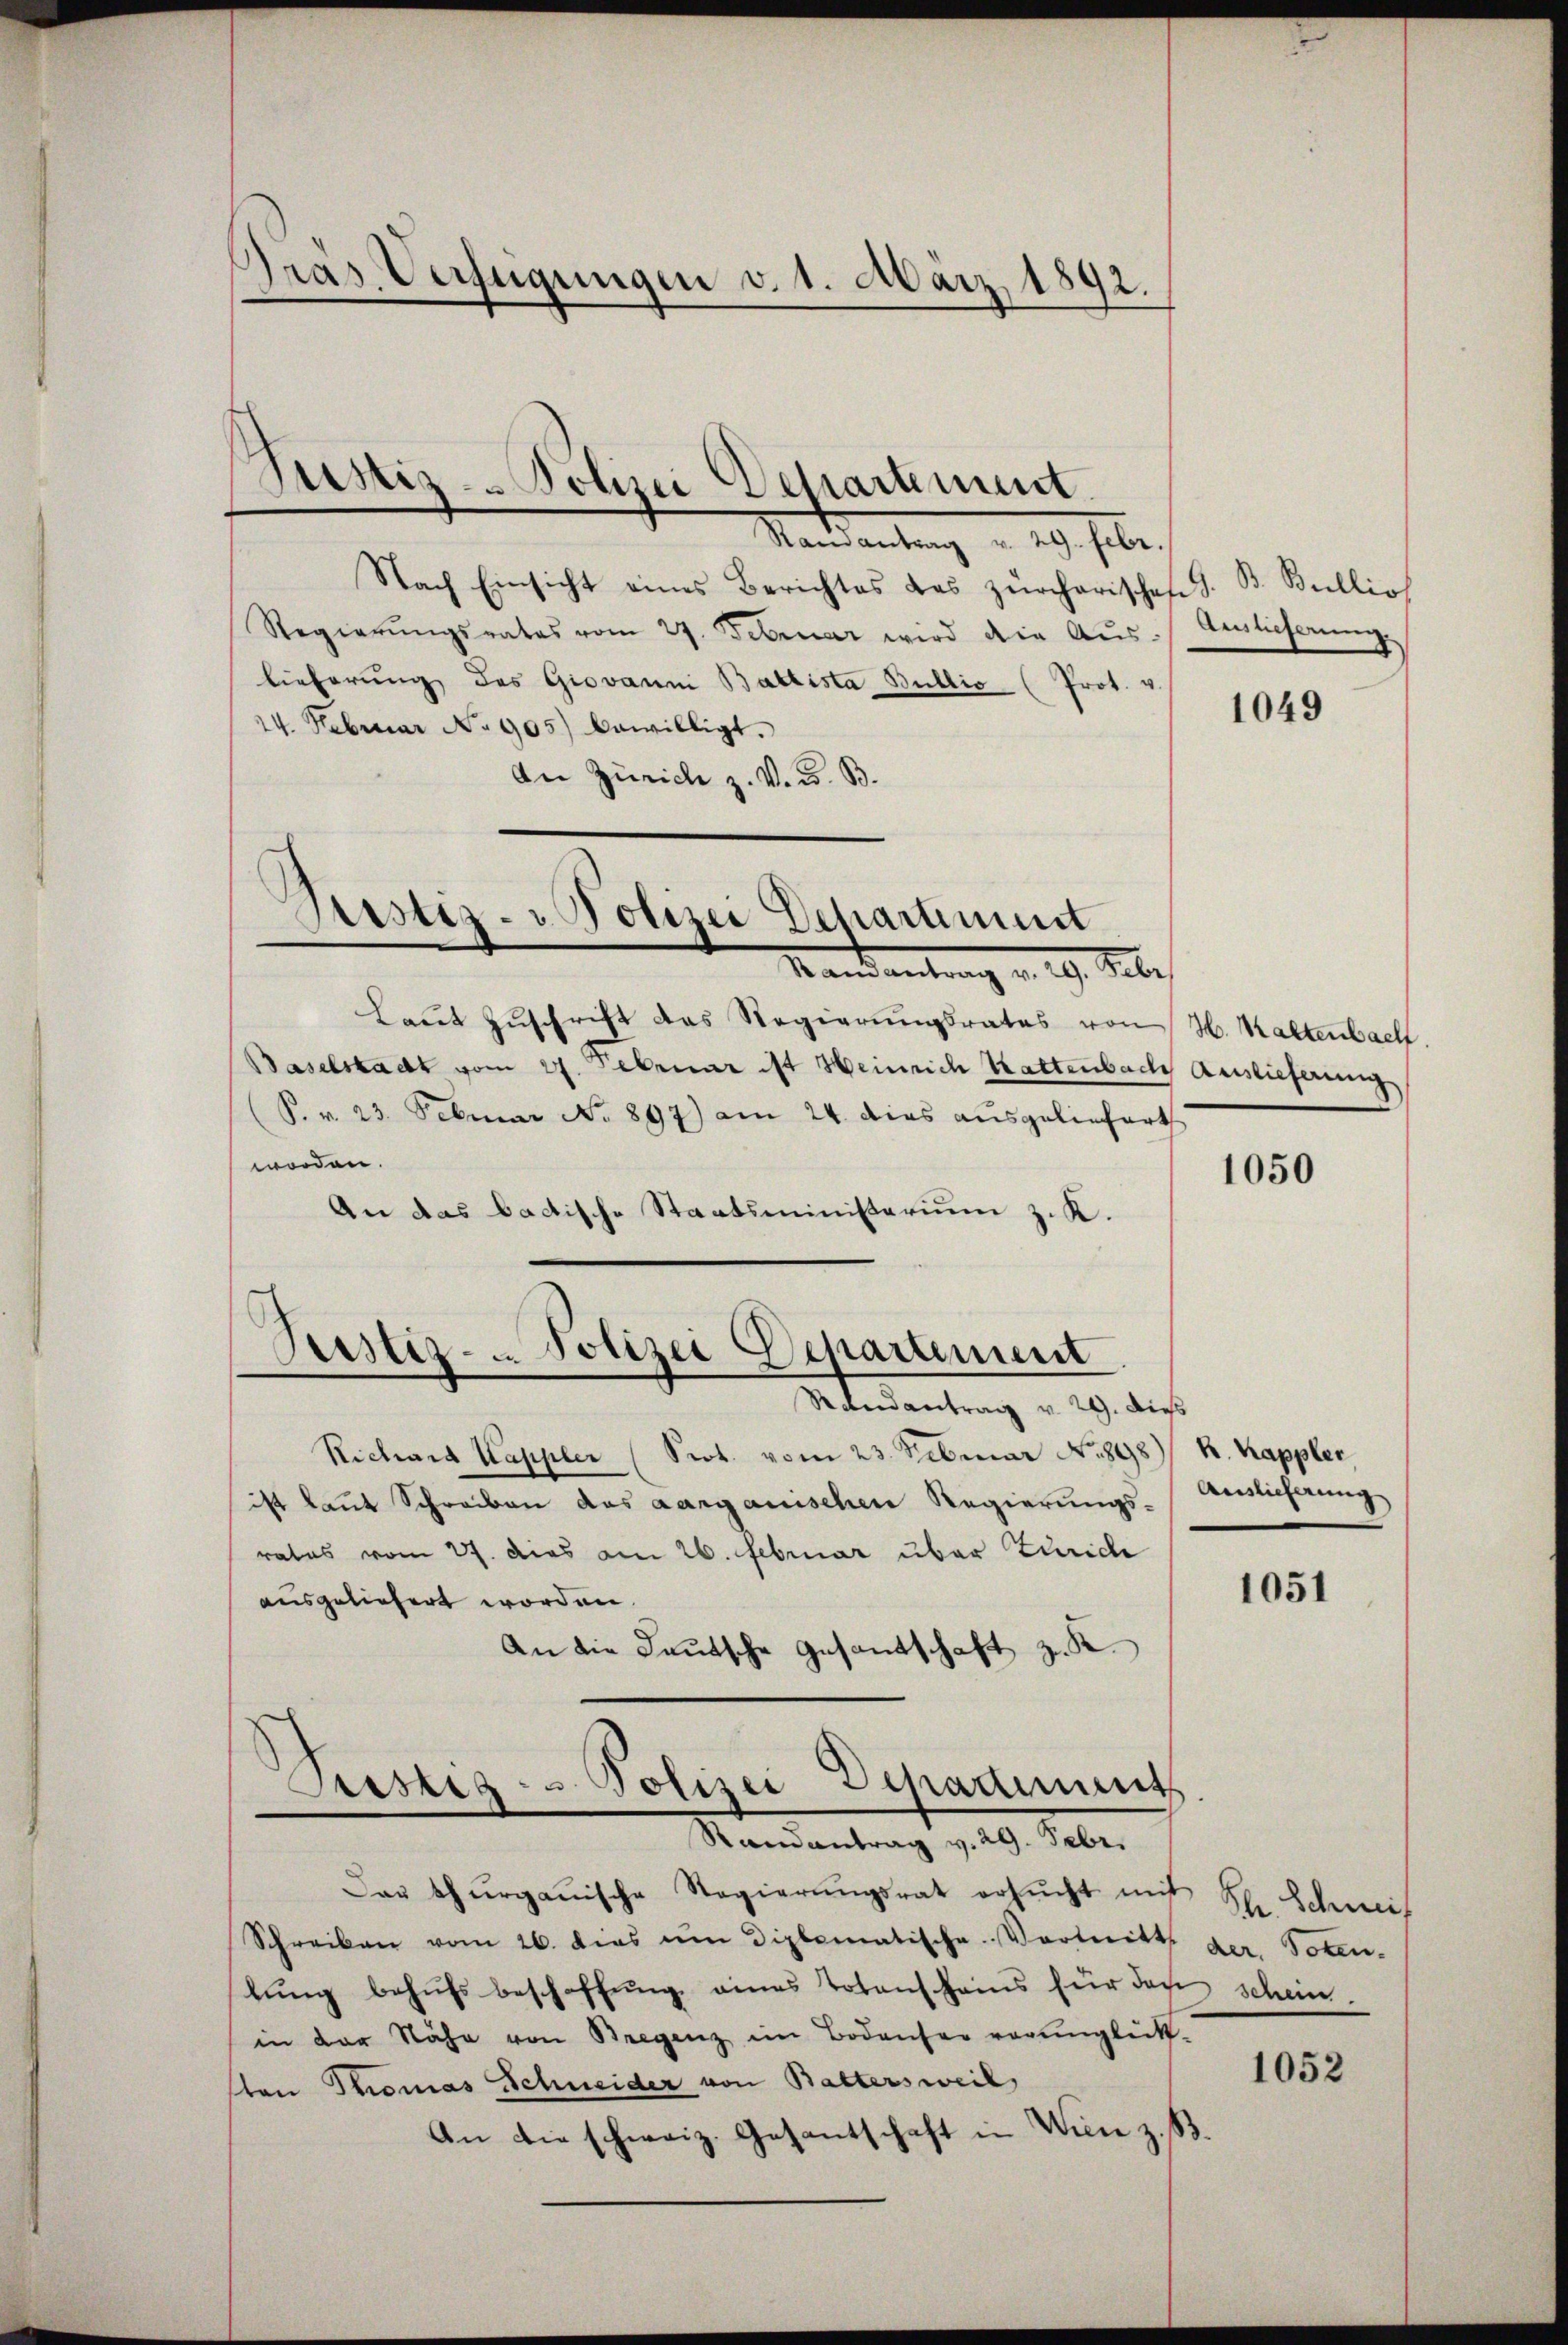
Gras Verfeigungen v. 1. März 1892.

Justiz-Polizei Departement.

Ranantrag v. 29. Febr.
Nach Einsicht eines Berichtes das zürcherischen
Regierŭngsrates vom 27. Februar wird die Aŭs-
lieferung des Giovann Battista Bullio (Prot. v
24. Februar No 905) bewilligt.
An Zürich z. V. d. B.

Justiz- & Polizei Departiment
Randantrag v. 19. Febr.

Laŭt Zŭschrift das Regierŭngsrates von H. Kaltenbach.
Baselstadt vom 27. Februar ist Heinrich Kattenbach Auslieferung
(P. v. 23. Februar No 897) am 24. dies ausgeliefert
worden.
An das bactische Staatsministerium z. K.

Justiz- u. Polizei Departement

Rondantrag v. 29. Dies
Richard Kappler (Prot. vom 23. Februar No 898) R. Kappler,
ist kaut Schreiben das aarganischen Regierungs-
rates vom 27. dies am 26. Februar über Zürich
ausgeliefert worden.
An die Kautsche Gesandschaft z. B.

Dirstig - Polizei Depadiments
Randantrag v. 29. Febr.

Das thurgauische Regierŭngsrat ersŭcht mit 4
Schreiben vom 26. dies im Diplomatische Vortritt der Toten-
lung behufs beschaffung eines Totenscheins für doch schein.
in der Nähe von Bregenz im Bodenser verunglück-
ston Thomas Schneider von Battersweil,
An die schweiz. Gesantschaft in Wien z. B.

B. Billio
Auslieferung
2)

1049

1050

Auslieferung

1051

h. Schweis

1052